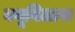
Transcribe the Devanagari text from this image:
क्यूबिलास